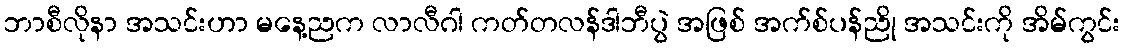
ဘာစီလိုနာ အသင်းဟာ မနေ့ညက လာလီဂါ ကတ်တလန်ဒါဘီပွဲ အဖြစ် အက်စ်ပန်ညို အသင်းကို အိမ်ကွင်း